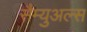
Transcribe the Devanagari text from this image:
सैम्युअल्स